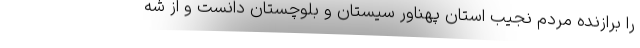
را برازنده مردم نجیب استان پهناور سیستان و بلوچستان دانست و از شه